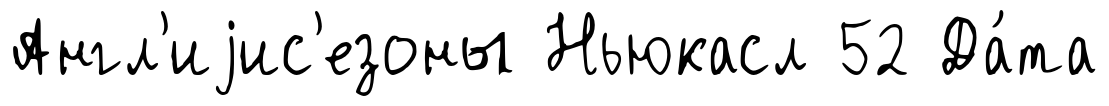
Англ'иjис'езоны Ньюкасл 52 Да́та